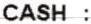
CASH :